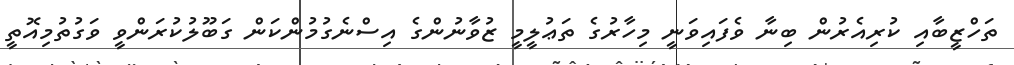
ތަހްޒީބާއި ކުރިއެރުން ބިނާ ވެފައިވަނީ މިހާރުގެ ތަޢުލީމީ ޒުވާނުންގެ އިސްނެގުމުންކަން ގަބޫލުކުރަންވީ ވަގުތުމިއޮތީ